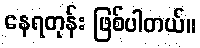
နေရတုန်း ဖြစ်ပါတယ်။